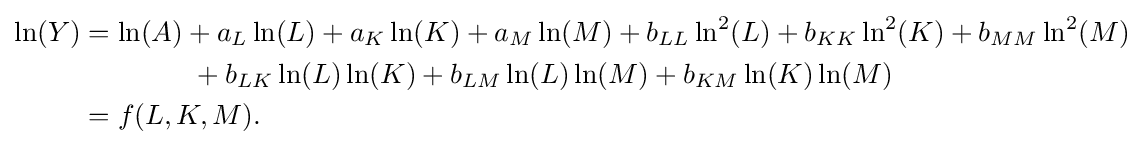
{\begin{aligned}\ln(Y)&=\ln(A)+a_{L}\ln(L)+a_{K}\ln(K)+a_{M}\ln(M)+b_{LL}\ln ^{2}(L)+b_{KK}\ln ^{2}(K)+b_{MM}\ln ^{2}(M)\\&{}\qquad \qquad +b_{LK}\ln(L)\ln(K)+b_{LM}\ln(L)\ln(M)+b_{KM}\ln(K)\ln(M)\\&=f(L,K,M).\end{aligned}}